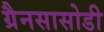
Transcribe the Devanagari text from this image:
ग्रैनसासोडी